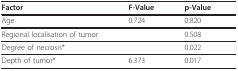
<table><thead><tr><td><b>Factor</b></td><td><b>F-Value</b></td><td><b>p-Value</b></td></tr></thead><tbody><tr><td>Age</td><td>0.724</td><td>0.820</td></tr><tr><td>Regional localisation of tumor</td><td>[EMPTY_CELL]</td><td>0.508</td></tr><tr><td>Degree of necrosis*</td><td>[EMPTY_CELL]</td><td>0.022</td></tr><tr><td>Depth of tumor*</td><td>6.373</td><td>0.017</td></tr></tbody></table>